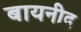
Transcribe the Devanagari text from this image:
बायनीद